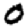
Digit: 0